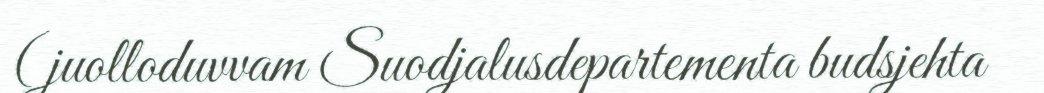
(juolloduvvam Suodjalusdepartementa budsjehta